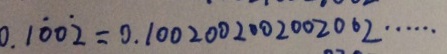
0 . 1 \dot { 0 } 0 \dot { 2 } = 0 . 1 0 0 2 0 0 2 0 0 2 0 0 2 0 0 2 \cdots